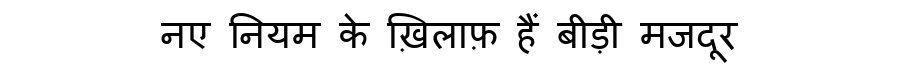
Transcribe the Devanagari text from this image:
नए नियम के ख़िलाफ़ हैं बीड़ी मजदूर